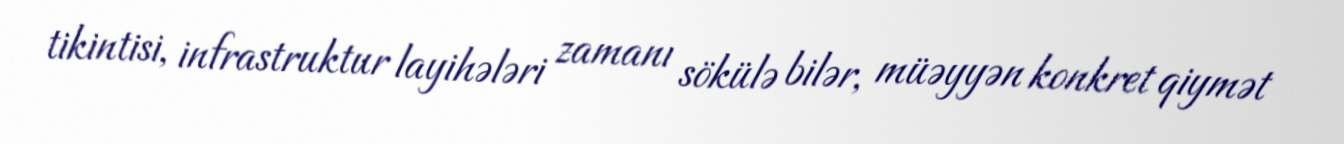
tikintisi, infrastruktur layihələri zamanı sökülə bilər, müəyyən konkret qiymət